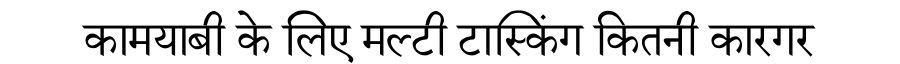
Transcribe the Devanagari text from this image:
कामयाबी के लिए मल्टी टास्किंग कितनी कारगर